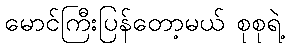
မောင်ကြီးပြန်တော့မယ် စုစုရဲ့